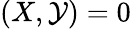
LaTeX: (X,\mathcal{Y})=0